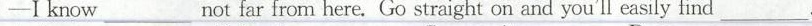
-Ⅰknow___ not far from here. Go straight on and you'll easily find ___